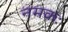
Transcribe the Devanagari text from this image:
नमकः